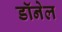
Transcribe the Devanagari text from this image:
डॉनेल